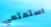
استمتعي